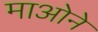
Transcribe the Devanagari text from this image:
माओने